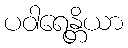
ပဝါရေန္တိယာ